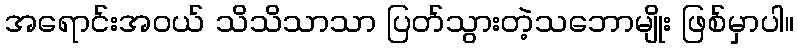
အရောင်းအဝယ် သိသိသာသာ ပြတ်သွားတဲ့သဘောမျိုး ဖြစ်မှာပါ။